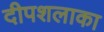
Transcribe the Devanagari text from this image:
दीपशलाका